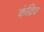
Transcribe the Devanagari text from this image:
कंद्रिय